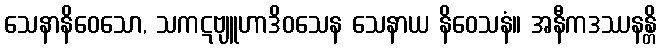
သေနာနိဝေသော, သကဋဗျူဟာဒိဝသေန သေနာယ နိဝေသနံ။ အနီကဒဿနန္တိ